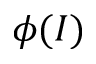
\phi ( I )